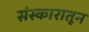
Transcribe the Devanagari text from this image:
संस्कारातून